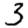
Digit: 3